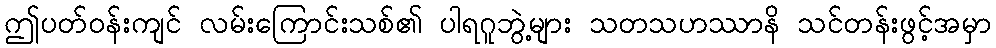
ဤပတ်ဝန်းကျင် လမ်းကြောင်းသစ်၏ ပါရဂူဘွဲ့များ သတသဟဿာနိ သင်တန်းဖွင့်အမှာ